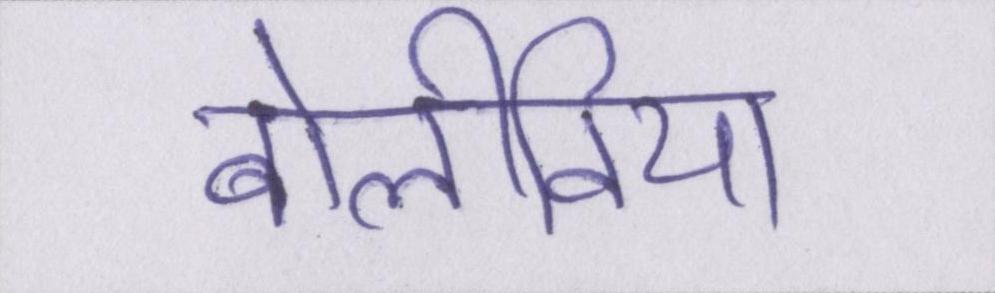
बोलीविया